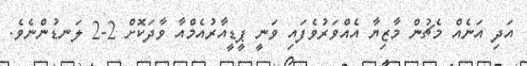
އަދި އަނެއް މެޗުން މާޒިޔާ އެއްވަރުވެފައި ވަނީ ޕީޑީއާރުއެމްއާ ވާދަކޮށް 2-2 ލަނޑުންނެވެ.